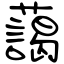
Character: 藹